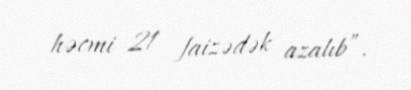
həcmi 21 faizədək azalıb”.